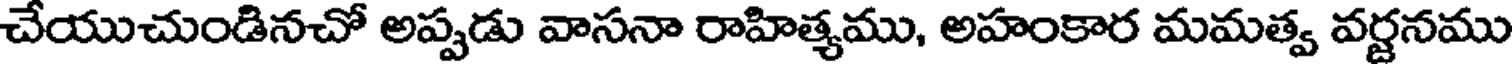
చేయుచుండినచో అప్పడు వాసనా రాహిత్యము, అహంకార మమత్వ వర్జనము